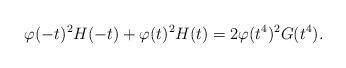
LaTeX: \begin{align*} \varphi(-t)^2H(-t)+\varphi(t)^2H(t) = 2\varphi(t^4)^2G(t^4).\end{align*}